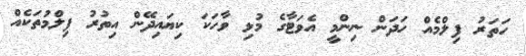
ހަތަރު ފިލްމެއް ހަދަން ނިންމީ އެވަޓާގެ މުޅި ވާހަކަ ކިޔައިދޭން އިތުރު ފިލްމުތަކެއް